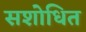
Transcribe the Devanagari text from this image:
सशोधित